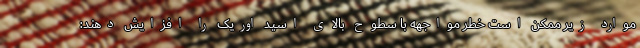
موارد زیر ممکن است خطر مواجهه با سطوح بالای اسید اوریک را افزایش دهند: